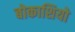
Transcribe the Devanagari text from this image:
बोकाशियो